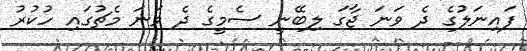
ފައިނަލުގެ ދެ ވަނަ ޖާގަ ލިބޭނީ ސެމީގެ ދެ ވަނަ މެޗުގައި ހުކުރު